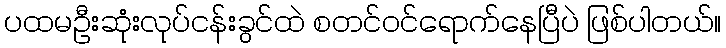
ပထမဦးဆုံးလုပ်ငန်းခွင်ထဲ စတင်ဝင်ရောက်နေပြီပဲ ဖြစ်ပါတယ်။